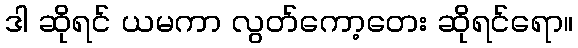
ဒါ ဆိုရင် ယမကာ လွတ်ကော့တေး ဆိုရင်ရော။